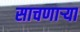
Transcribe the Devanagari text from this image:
साचणाऱ्या